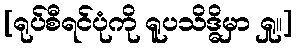
[ရုပ်စီရင်ပုံကို ရူပသိဒ္ဓိမှာ ရှု။]